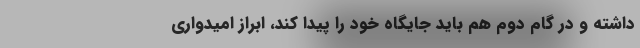
داشته و در گام دوم هم باید جایگاه خود را پیدا کند، ابراز امیدواری